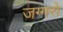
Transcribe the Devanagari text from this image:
जग्गरों